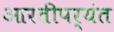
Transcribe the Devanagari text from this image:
आरतीपर्यंत